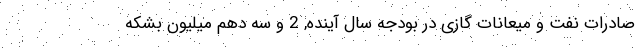
صادرات نفت و میعانات گازی در بودجه سال آینده, 2 و سه دهم میلیون بشکه